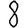
Digit: 8